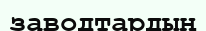
заводтардың